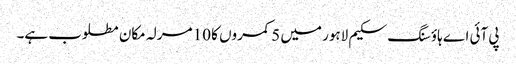
پی آئی اے ہاؤسنگ سکیم لاہور میں 5 کمروں کا 10 مرلہ مکان مطلوب ہے۔